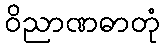
ဝိညာဏဓာတုံ